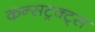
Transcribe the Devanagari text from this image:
कन्सट्रक्ट्स